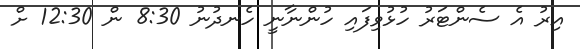
އިރު އެ ސެންޓަރު ހުޅުވިފައި ހުންނާނީ ހެނދުނު 8:30 ން 12:30 ށް